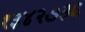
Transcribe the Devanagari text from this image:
१३४२७३६